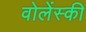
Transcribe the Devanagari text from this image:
वोलेंस्की